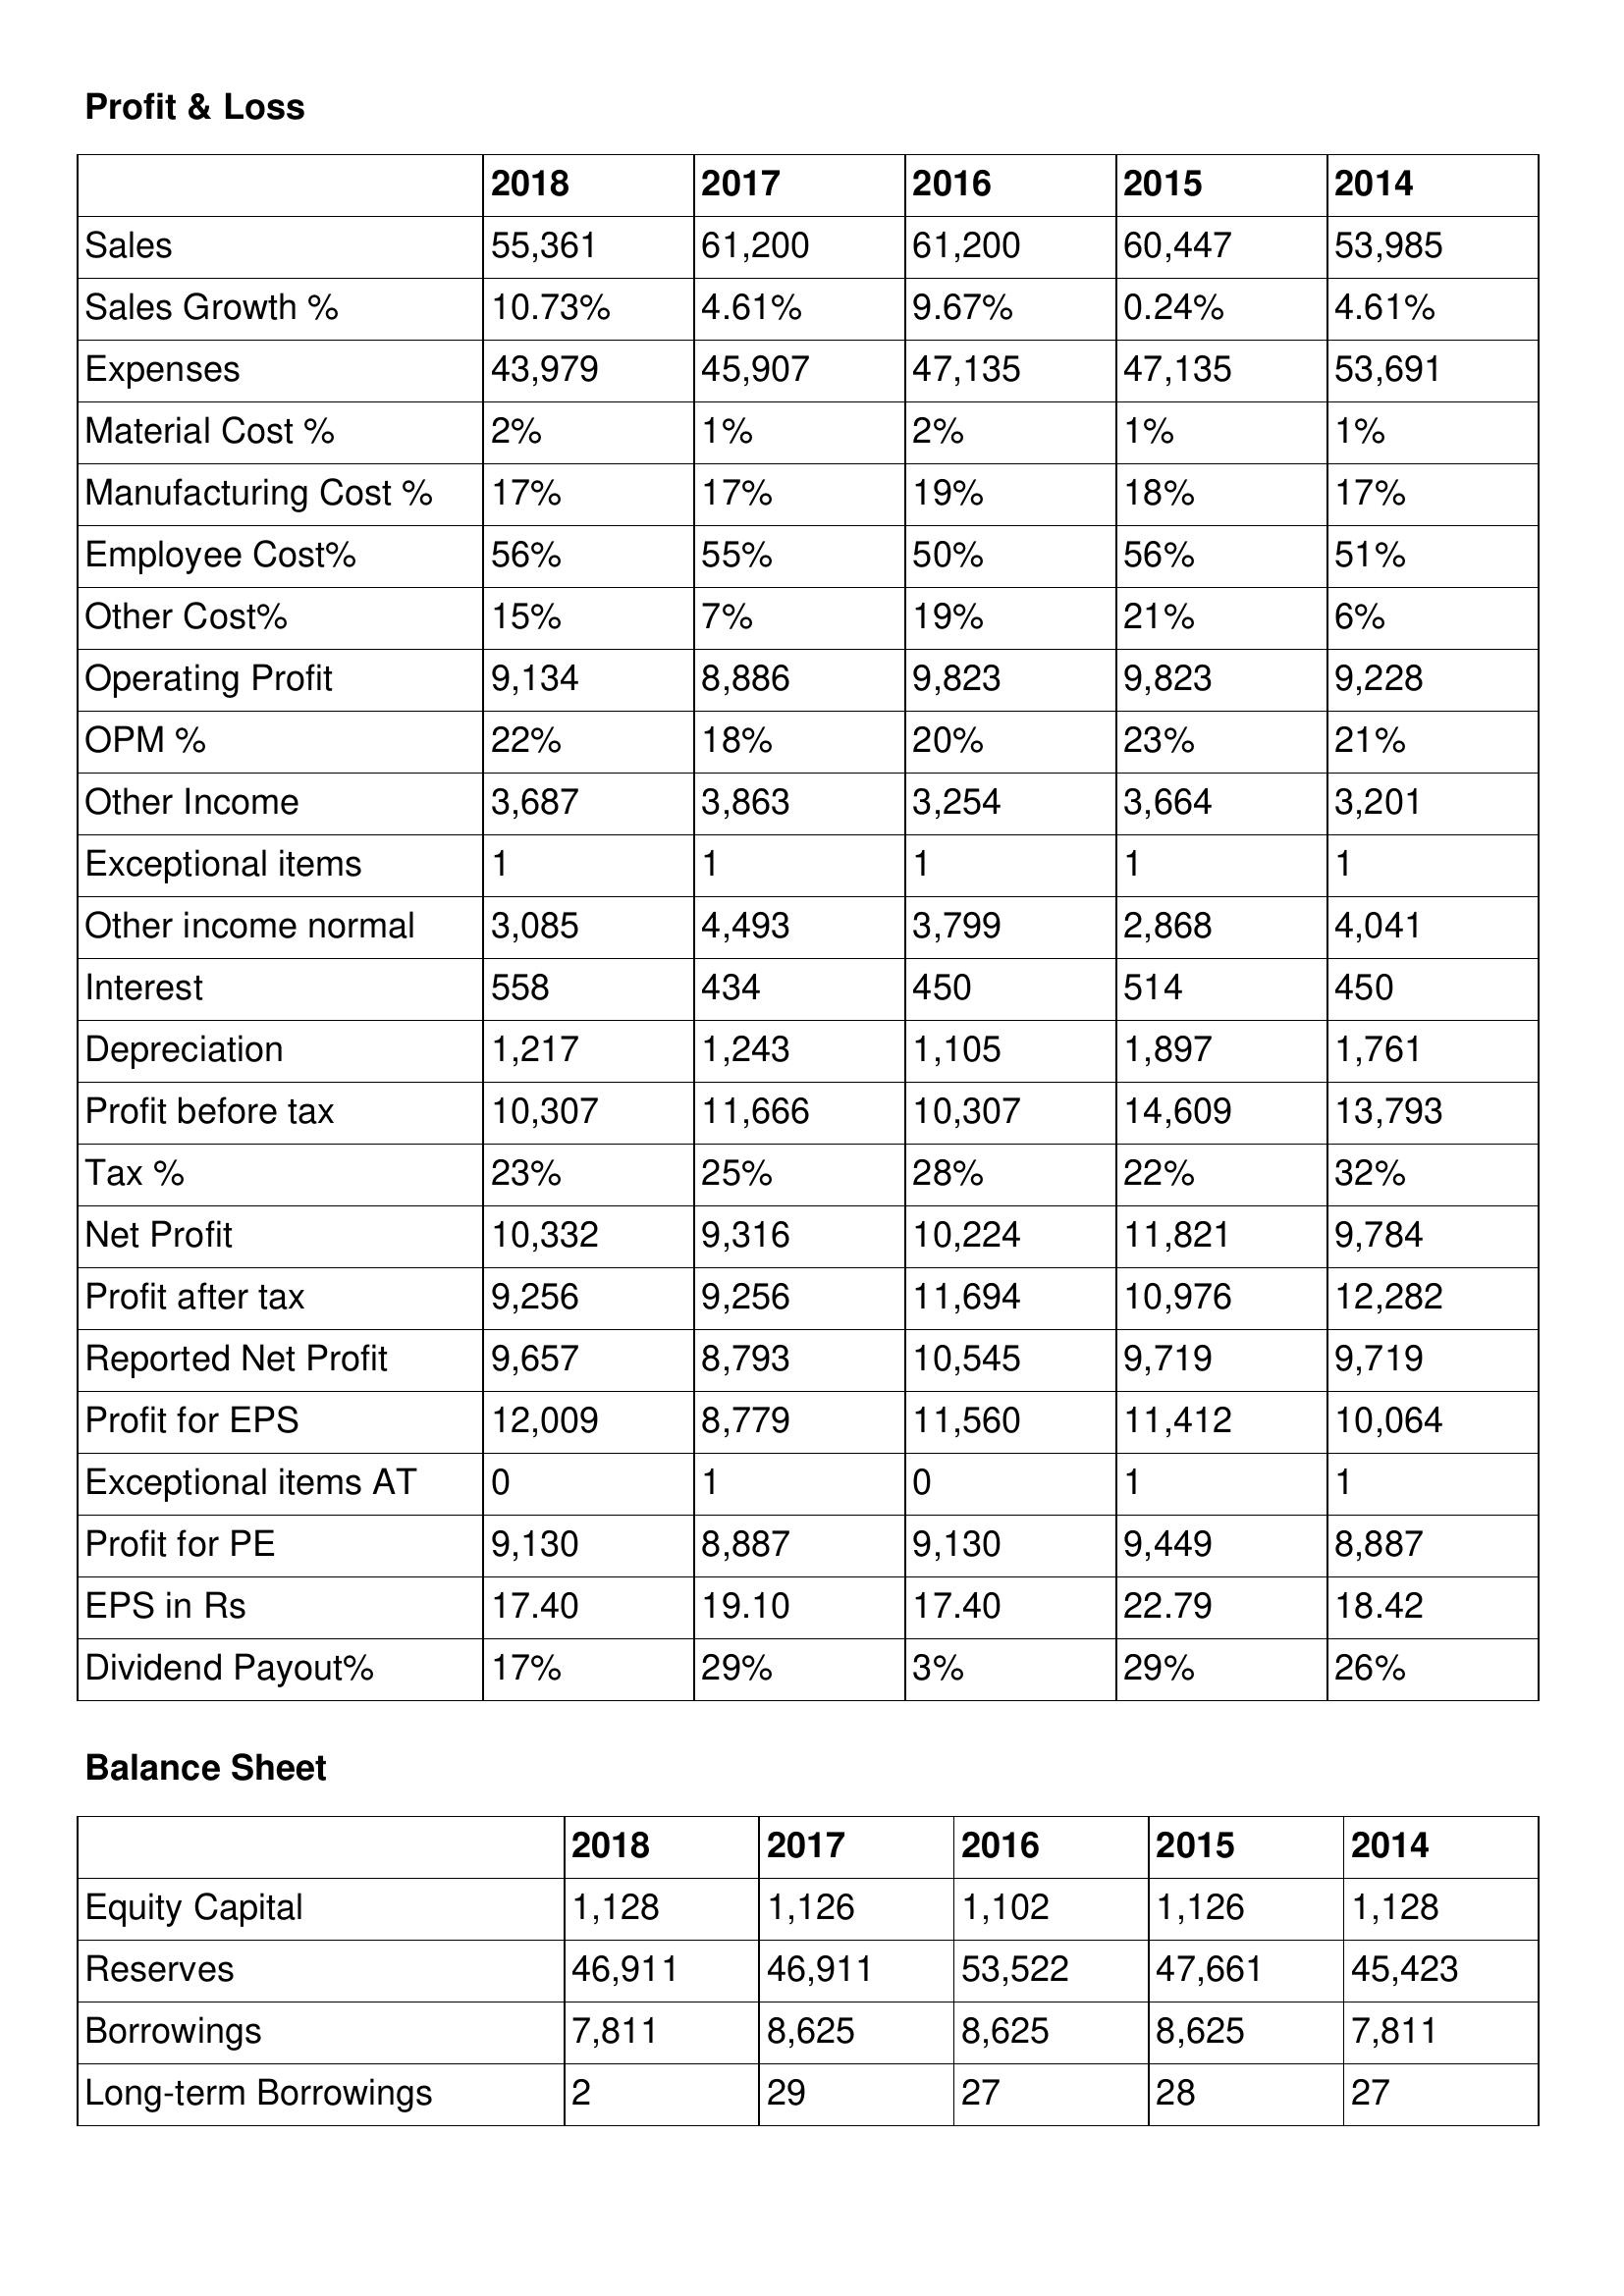
gt_parse: 2018: Profit & Loss: Sales: 55,361
Sales Growth %: 10.73%
Expenses: 43,979
Material Cost %: 2%
Manufacturing Cost %: 17%
Employee Cost%: 56%
Other Cost%: 15%
Operating Profit: 9,134
OPM %: 22%
Other Income: 3,687
Exceptional items: 1
Other income normal: 3,085
Interest: 558
Depreciation: 1,217
Profit before tax: 10,307
Tax %: 23%
Net Profit: 10,332
Profit after tax: 9,256
Reported Net Profit: 9,657
Profit for EPS: 12,009
Exceptional items AT: 0
Profit for PE: 9,130
EPS in Rs: 17.40
Dividend Payout%: 17%
Balance Sheet: Equity Capital: 1,128
Reserves: 46,911
Borrowings: 7,811
Long-term Borrowings: 2
2017: Profit & Loss: Sales: 61,200
Sales Growth %: 4.61%
Expenses: 45,907
Material Cost %: 1%
Manufacturing Cost %: 17%
Employee Cost%: 55%
Other Cost%: 7%
Operating Profit: 8,886
OPM %: 18%
Other Income: 3,863
Exceptional items: 1
Other income normal: 4,493
Interest: 434
Depreciation: 1,243
Profit before tax: 11,666
Tax %: 25%
Net Profit: 9,316
Profit after tax: 9,256
Reported Net Profit: 8,793
Profit for EPS: 8,779
Exceptional items AT: 1
Profit for PE: 8,887
EPS in Rs: 19.10
Dividend Payout%: 29%
Balance Sheet: Equity Capital: 1,126
Reserves: 46,911
Borrowings: 8,625
Long-term Borrowings: 29
2016: Profit & Loss: Sales: 61,200
Sales Growth %: 9.67%
Expenses: 47,135
Material Cost %: 2%
Manufacturing Cost %: 19%
Employee Cost%: 50%
Other Cost%: 19%
Operating Profit: 9,823
OPM %: 20%
Other Income: 3,254
Exceptional items: 1
Other income normal: 3,799
Interest: 450
Depreciation: 1,105
Profit before tax: 10,307
Tax %: 28%
Net Profit: 10,224
Profit after tax: 11,694
Reported Net Profit: 10,545
Profit for EPS: 11,560
Exceptional items AT: 0
Profit for PE: 9,130
EPS in Rs: 17.40
Dividend Payout%: 3%
Balance Sheet: Equity Capital: 1,102
Reserves: 53,522
Borrowings: 8,625
Long-term Borrowings: 27
2015: Profit & Loss: Sales: 60,447
Sales Growth %: 0.24%
Expenses: 47,135
Material Cost %: 1%
Manufacturing Cost %: 18%
Employee Cost%: 56%
Other Cost%: 21%
Operating Profit: 9,823
OPM %: 23%
Other Income: 3,664
Exceptional items: 1
Other income normal: 2,868
Interest: 514
Depreciation: 1,897
Profit before tax: 14,609
Tax %: 22%
Net Profit: 11,821
Profit after tax: 10,976
Reported Net Profit: 9,719
Profit for EPS: 11,412
Exceptional items AT: 1
Profit for PE: 9,449
EPS in Rs: 22.79
Dividend Payout%: 29%
Balance Sheet: Equity Capital: 1,126
Reserves: 47,661
Borrowings: 8,625
Long-term Borrowings: 28
2014: Profit & Loss: Sales: 53,985
Sales Growth %: 4.61%
Expenses: 53,691
Material Cost %: 1%
Manufacturing Cost %: 17%
Employee Cost%: 51%
Other Cost%: 6%
Operating Profit: 9,228
OPM %: 21%
Other Income: 3,201
Exceptional items: 1
Other income normal: 4,041
Interest: 450
Depreciation: 1,761
Profit before tax: 13,793
Tax %: 32%
Net Profit: 9,784
Profit after tax: 12,282
Reported Net Profit: 9,719
Profit for EPS: 10,064
Exceptional items AT: 1
Profit for PE: 8,887
EPS in Rs: 18.42
Dividend Payout%: 26%
Balance Sheet: Equity Capital: 1,128
Reserves: 45,423
Borrowings: 7,811
Long-term Borrowings: 27